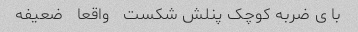
با ی ضربه کوچک پنلش شکست   واقعا   ضعیفه